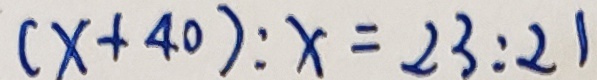
( x + 4 0 ) : x = 2 3 : 2 1